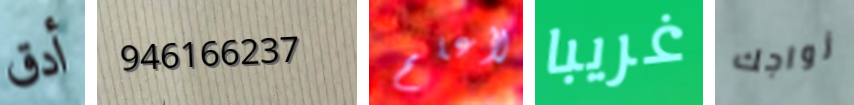
أدق 946166237 لأعلم غريبا زواجك